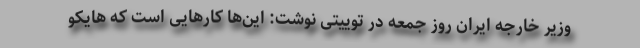
وزیر خارجه ایران روز جمعه در توییتی نوشت: این‌ها کارهایی است که هایکو